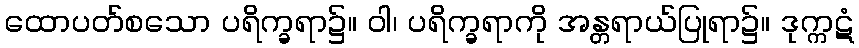
ထောပတ်စသော ပရိက္ခရာ၌။ ဝါ၊ ပရိက္ခရာကို အန္တရာယ်ပြုရာ၌။ ဒုက္ကဋံ